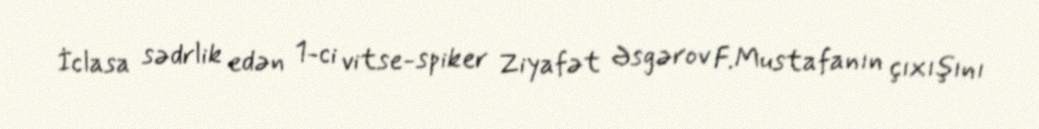
İclasa sədrlik edən 1-ci vitse-spiker Ziyafət Əsgərov F.Mustafanın çıxışını